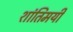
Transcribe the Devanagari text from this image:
शांतिमयी